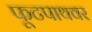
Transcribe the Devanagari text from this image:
फूटपाथवर